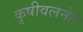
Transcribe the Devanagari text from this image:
कृषीवलनेते